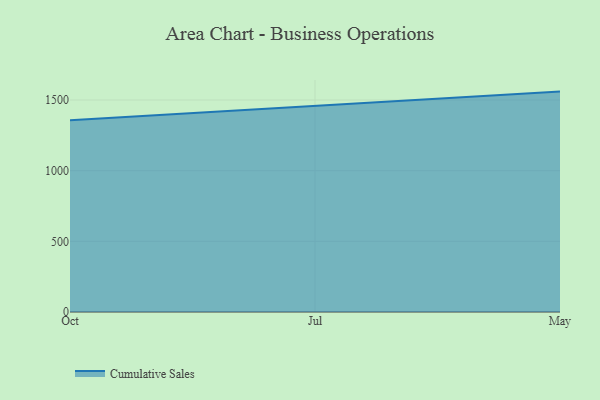
{"axis": {"x": "Month", "y": "Temperature (°C)"}, "legend": ["Cumulative Sales"], "data": [{"x": "Oct", "y": 1357.4, "type": "Cumulative Sales"}, {"x": "Jul", "y": 1455.9, "type": "Cumulative Sales"}, {"x": "May", "y": 1559.6, "type": "Cumulative Sales"}]}